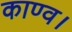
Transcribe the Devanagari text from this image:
काण्‍व।